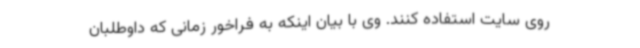
روی سایت استفاده کنند. وی با بیان اینکه به فراخور زمانی که داوطلبان